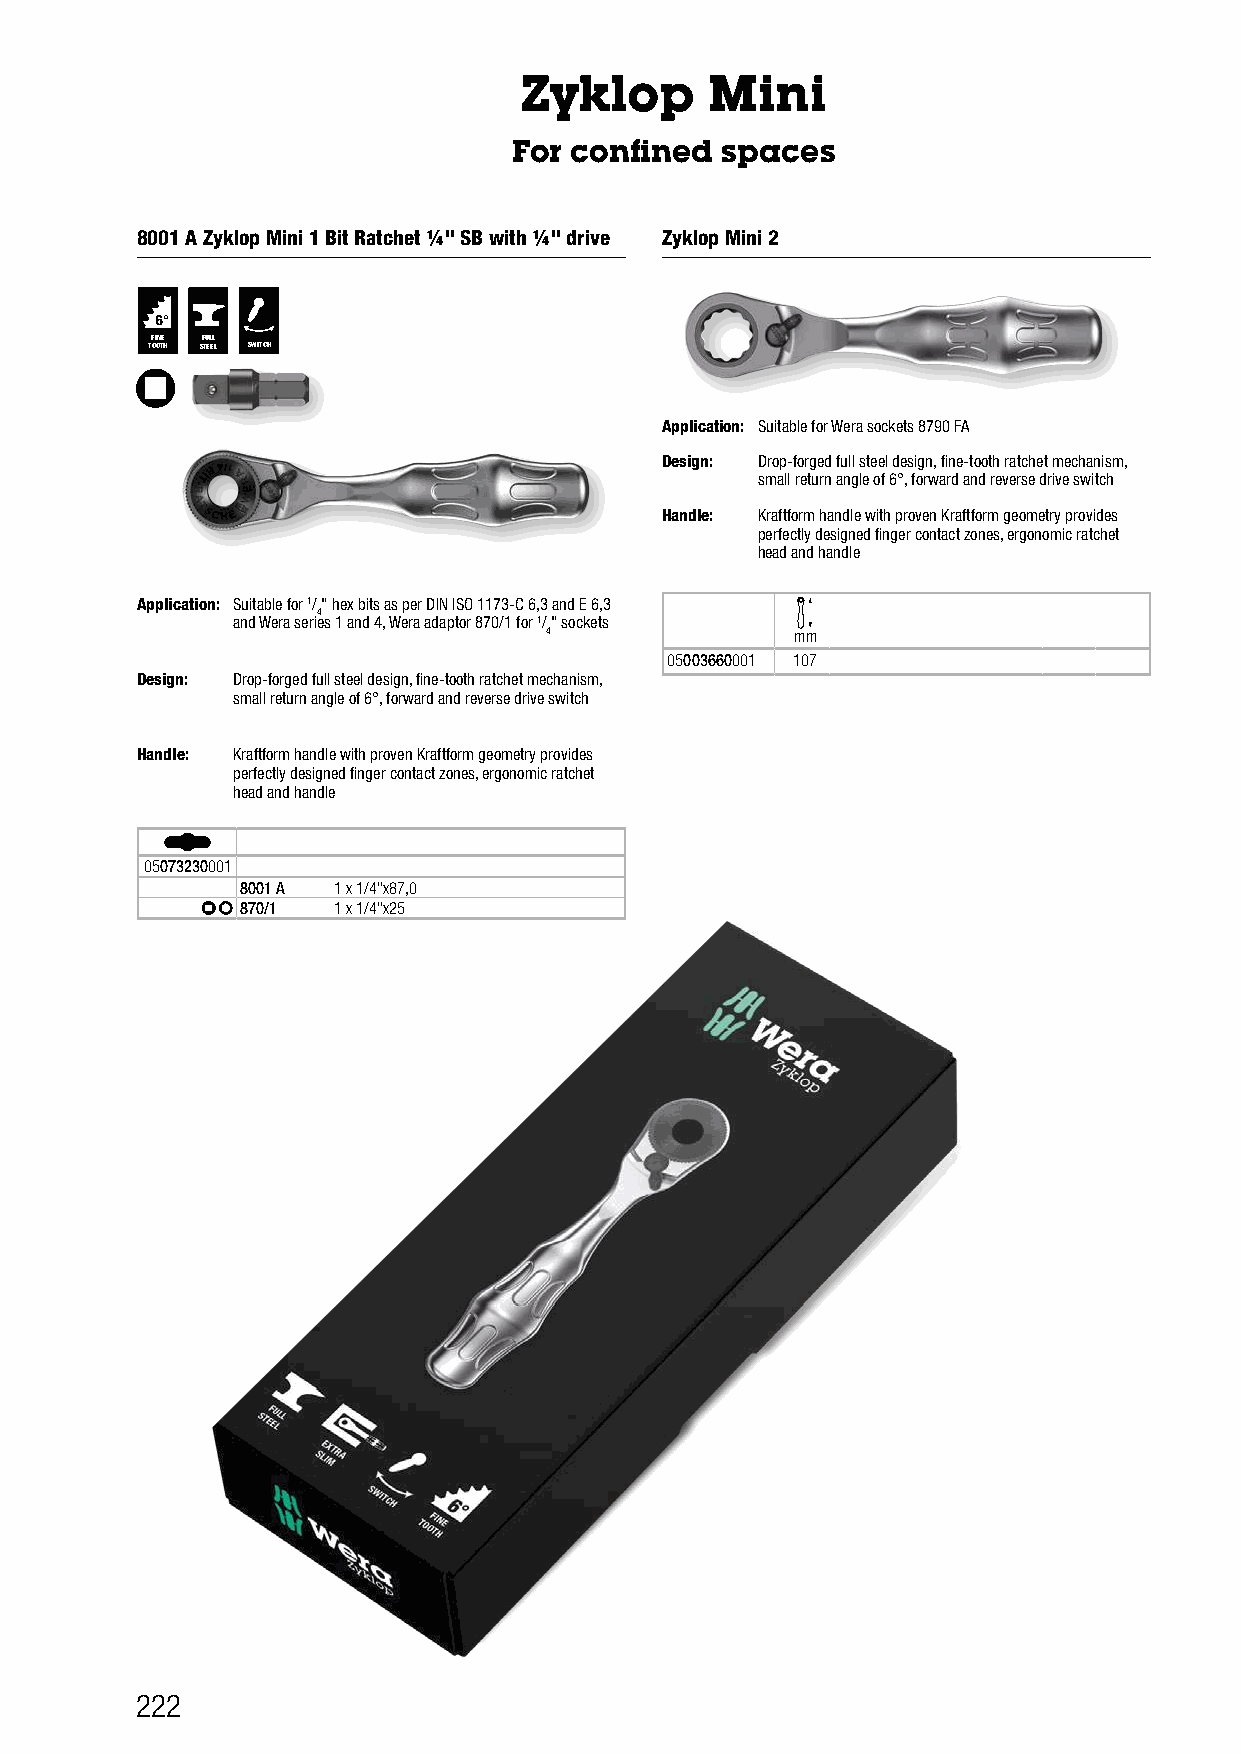
Zyklop       Mini
 For confined  spaces
 8001 A Zyklop Mini 1 Bit Ratchet ¼" SB with ¼" drive Zyklop Mini 2
 FINE FULL
 TOOTH STEEL SWITCH
 Application: Suitable for Wera sockets 8790 FA
 Design: Drop-forged full steel design, fine-tooth ratchet mechanism,
 small return angle of 6°, forward and reverse drive switch
 Handle: Kraftform handle with proven Kraftform geometry provides
 perfectly designed finger contact zones, ergonomic ratchet
 head and handle
 Application: Suitable for 1/" hex bits as per DIN ISO 1173-C 6,3 and E 6,3
 4
 and Wera series 1 and 4, Wera adaptor 870/1 for 1/" sockets
 4                mm
 05003660001 107
 Design: Drop-forged full steel design, fine-tooth ratchet mechanism,
 small return angle of 6°, forward and reverse drive switch
 Handle: Kraftform handle with proven Kraftform geometry provides
 perfectly designed finger contact zones, ergonomic ratchet
 head and handle
 05073230001
 8001 A 1 x 1/4"x87,0
 870/1 1 x 1/4"x25
 222